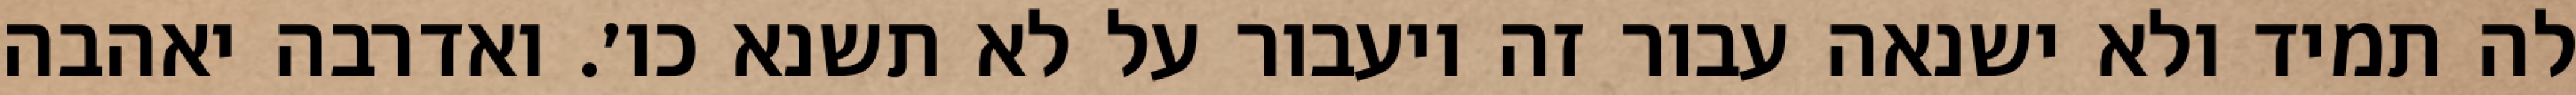
לה תמיד ולא ישנאה עבור זה ויעבור על לא תשנא כו׳. ואדרבה יאהבה